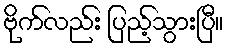
ဗိုက်လည်း ပြည့်သွားပြီ။